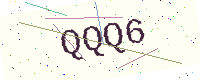
Text: QQQ6